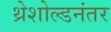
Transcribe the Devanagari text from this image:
थ्रेशोल्डनंतर